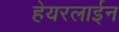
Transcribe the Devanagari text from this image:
हेयरलाईन